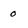
Character: 0